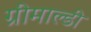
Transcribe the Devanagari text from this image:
ग्रीमाल्डी